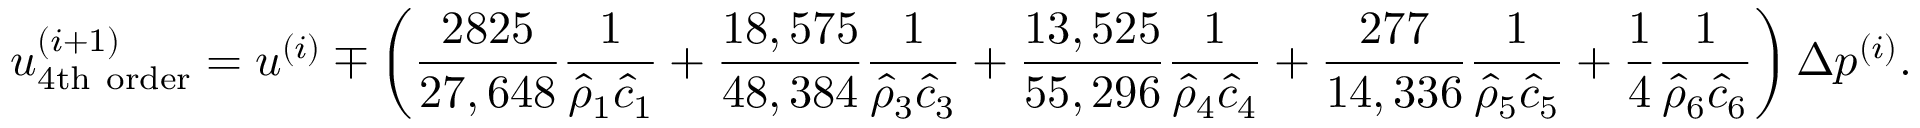
u _ { \mathrm { 4 t h ~ o r d e r } } ^ { ( i + 1 ) } = u ^ { ( i ) } \mp \left( \frac { 2 8 2 5 } { 2 7 , 6 4 8 } \frac { 1 } { \hat { \rho } _ { 1 } \hat { c } _ { 1 } } + \frac { 1 8 , 5 7 5 } { 4 8 , 3 8 4 } \frac { 1 } { \hat { \rho } _ { 3 } \hat { c } _ { 3 } } + \frac { 1 3 , 5 2 5 } { 5 5 , 2 9 6 } \frac { 1 } { \hat { \rho } _ { 4 } \hat { c } _ { 4 } } + \frac { 2 7 7 } { 1 4 , 3 3 6 } \frac { 1 } { \hat { \rho } _ { 5 } \hat { c } _ { 5 } } + \frac { 1 } { 4 } \frac { 1 } { \hat { \rho } _ { 6 } \hat { c } _ { 6 } } \right) \Delta p ^ { ( i ) } .